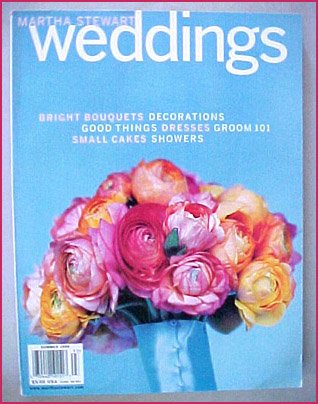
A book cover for Martha Stewart Weddings Summer 1999; Crafts, Hobbies & Home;